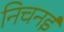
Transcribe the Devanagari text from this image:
निचनई